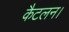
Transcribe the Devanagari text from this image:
कैटलन।